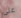
على